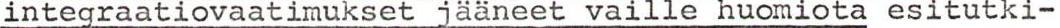
integraatiovaatimukset jääneet vaille huomiota esitutki-